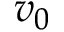
v _ { 0 }